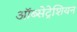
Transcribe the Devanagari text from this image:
ऑब्सेट्रेशियन